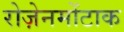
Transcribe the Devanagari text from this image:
रोज़ेनमोंटाक